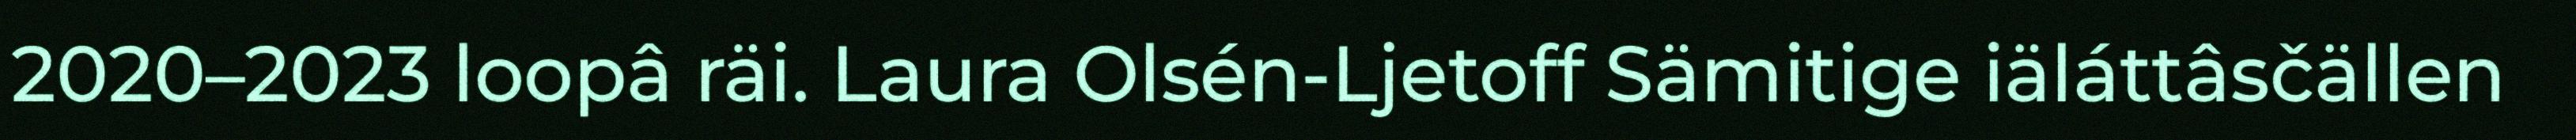
2020–2023 loopâ räi. Laura Olsén-Ljetoff Sämitige iäláttâsčällen